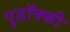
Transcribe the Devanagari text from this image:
पुडॉक्की